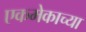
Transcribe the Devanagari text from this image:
एकमेकाच्या